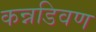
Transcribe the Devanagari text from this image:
कन्नडिवण